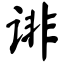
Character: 诽